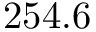
2 5 4 . 6